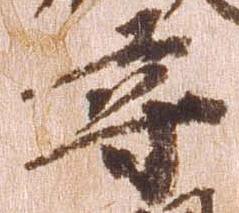
尋